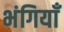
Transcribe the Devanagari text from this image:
भंगियाँ